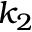
k _ { 2 }